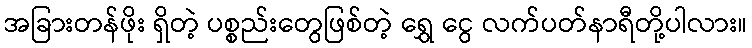
အခြားတန်ဖိုး ရှိတဲ့ ပစ္စည်းတွေဖြစ်တဲ့ ရွှေ ငွေ လက်ပတ်နာရီတို့ပါလား။